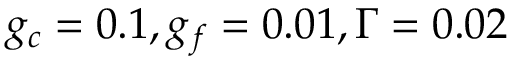
g _ { c } = 0 . 1 , g _ { f } = 0 . 0 1 , \Gamma = 0 . 0 2